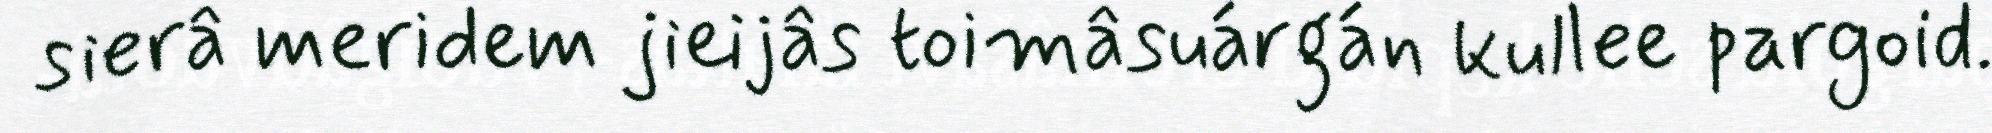
sierâ meridem jieijâs toimâsuárgán kullee pargoid.